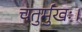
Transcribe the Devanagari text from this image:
चतुर्मुखः।